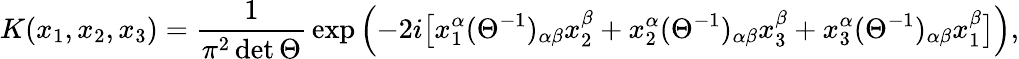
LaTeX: K(x_{1},x_{2},x_{3})=\frac{1}{\pi^{2}\operatorname*{det}\Theta}\, \exp\left(-2i\bigl[x_{1}^{\alpha}(\Theta^{-1})_{\alpha\beta}x_{2}^{\beta}+x_{2}^{\alpha}(\Theta^{-1})_{\alpha\beta}x_{3}^{\beta}+x_{3}^{\alpha}(\Theta^{-1})_{\alpha\beta}x_{1}^{\beta}\bigr]\right),